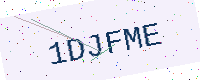
Text: 1DJFME